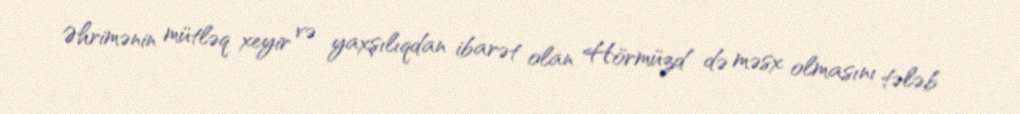
Əhrimənin mütləq xeyir və yaxşılıqdan ibarət olan Hörmüzd də məsx olmasını tələb